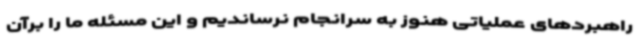
راهبردهای عملیاتی هنوز به سرانجام نرساندیم و این مسئله ما را برآن